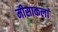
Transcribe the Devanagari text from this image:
मीसाकलां